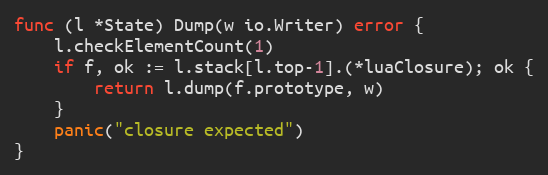
Language: Go
func (l *State) Dump(w io.Writer) error {
	l.checkElementCount(1)
	if f, ok := l.stack[l.top-1].(*luaClosure); ok {
		return l.dump(f.prototype, w)
	}
	panic("closure expected")
}